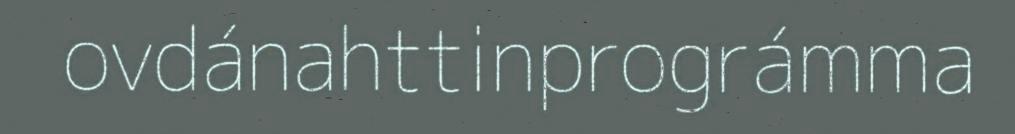
ovdánahttinprográmma